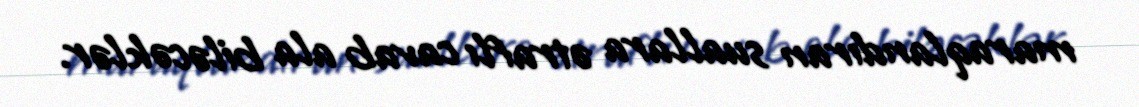
maraqlandıran suallara ətraflı cavab ala biləcəklər.